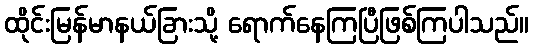
ထိုင်းမြန်မာနယ်ခြားသို့ ရောက်နေကြပြီဖြစ်ကြပါသည်။